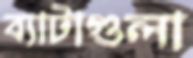
ব্যাটাগুলা